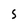
Character: S